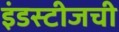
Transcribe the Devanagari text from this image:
इंडस्टीजची